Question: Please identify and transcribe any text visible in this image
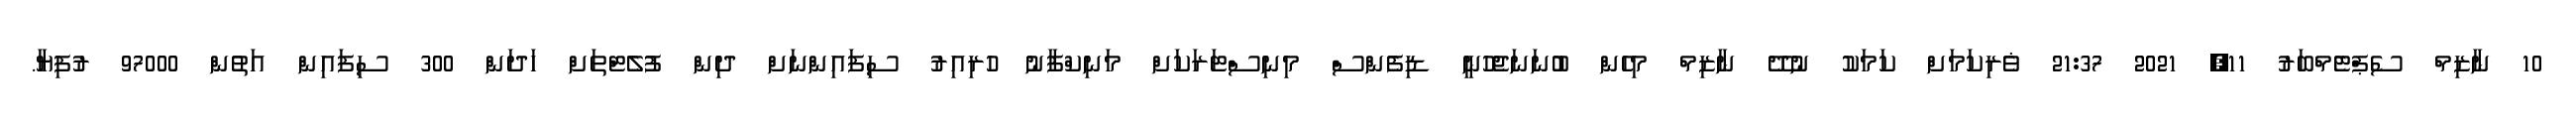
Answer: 10 ނާޒިމް ސެޕްޓެމްބަރު 11, 2021 21:37 ޥެރިކަމަށް ކަމަކު ނުދޭ ނާޒިމް މިހެން ބުނަނަޖެހުނީ ޑިފެންސް މިނިސްޓަރަކަށް މަނިކްފާނު ހުރިއިރު ސިފައިންނަށް ދިން ފުލެޓްތަށް ހަދަން 300 ސިފައިން އަތުން 97000 ރުފިޔާ.